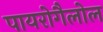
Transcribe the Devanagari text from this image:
पायरोगैलोल